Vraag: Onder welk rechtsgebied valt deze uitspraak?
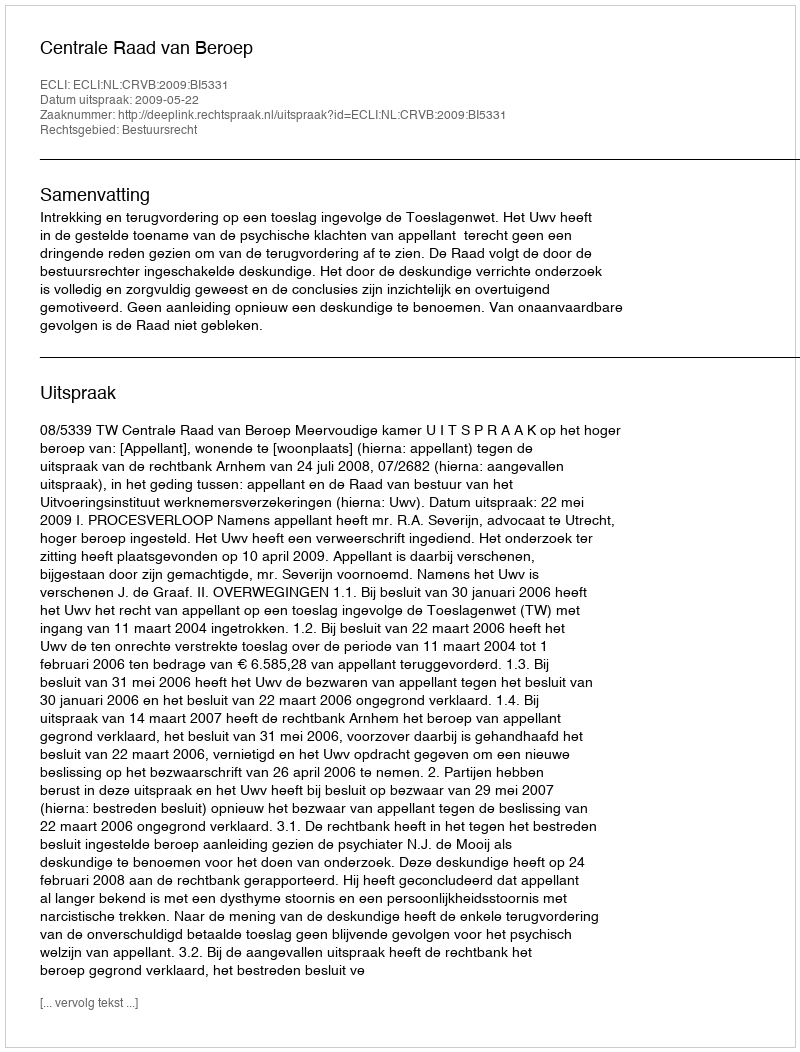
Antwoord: Bestuursrecht